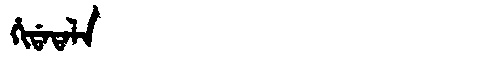
Manchu: ᡥᡳᡩᠠᡨᠠᠯᠠ
Romanization: HIDATALA